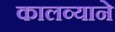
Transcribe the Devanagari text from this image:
कालव्याने